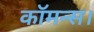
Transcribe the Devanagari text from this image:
कॉमन्स।